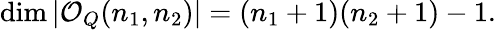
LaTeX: \dim|{\mathcal O}_{Q}(n_{1},n_{2})|=(n_{1}+1)(n_{2}+1)-1.